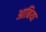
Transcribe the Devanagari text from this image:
आबिया